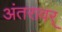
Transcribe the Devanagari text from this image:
अंतरावर्